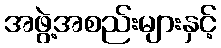
အဖွဲ့အစည်းများနှင့်